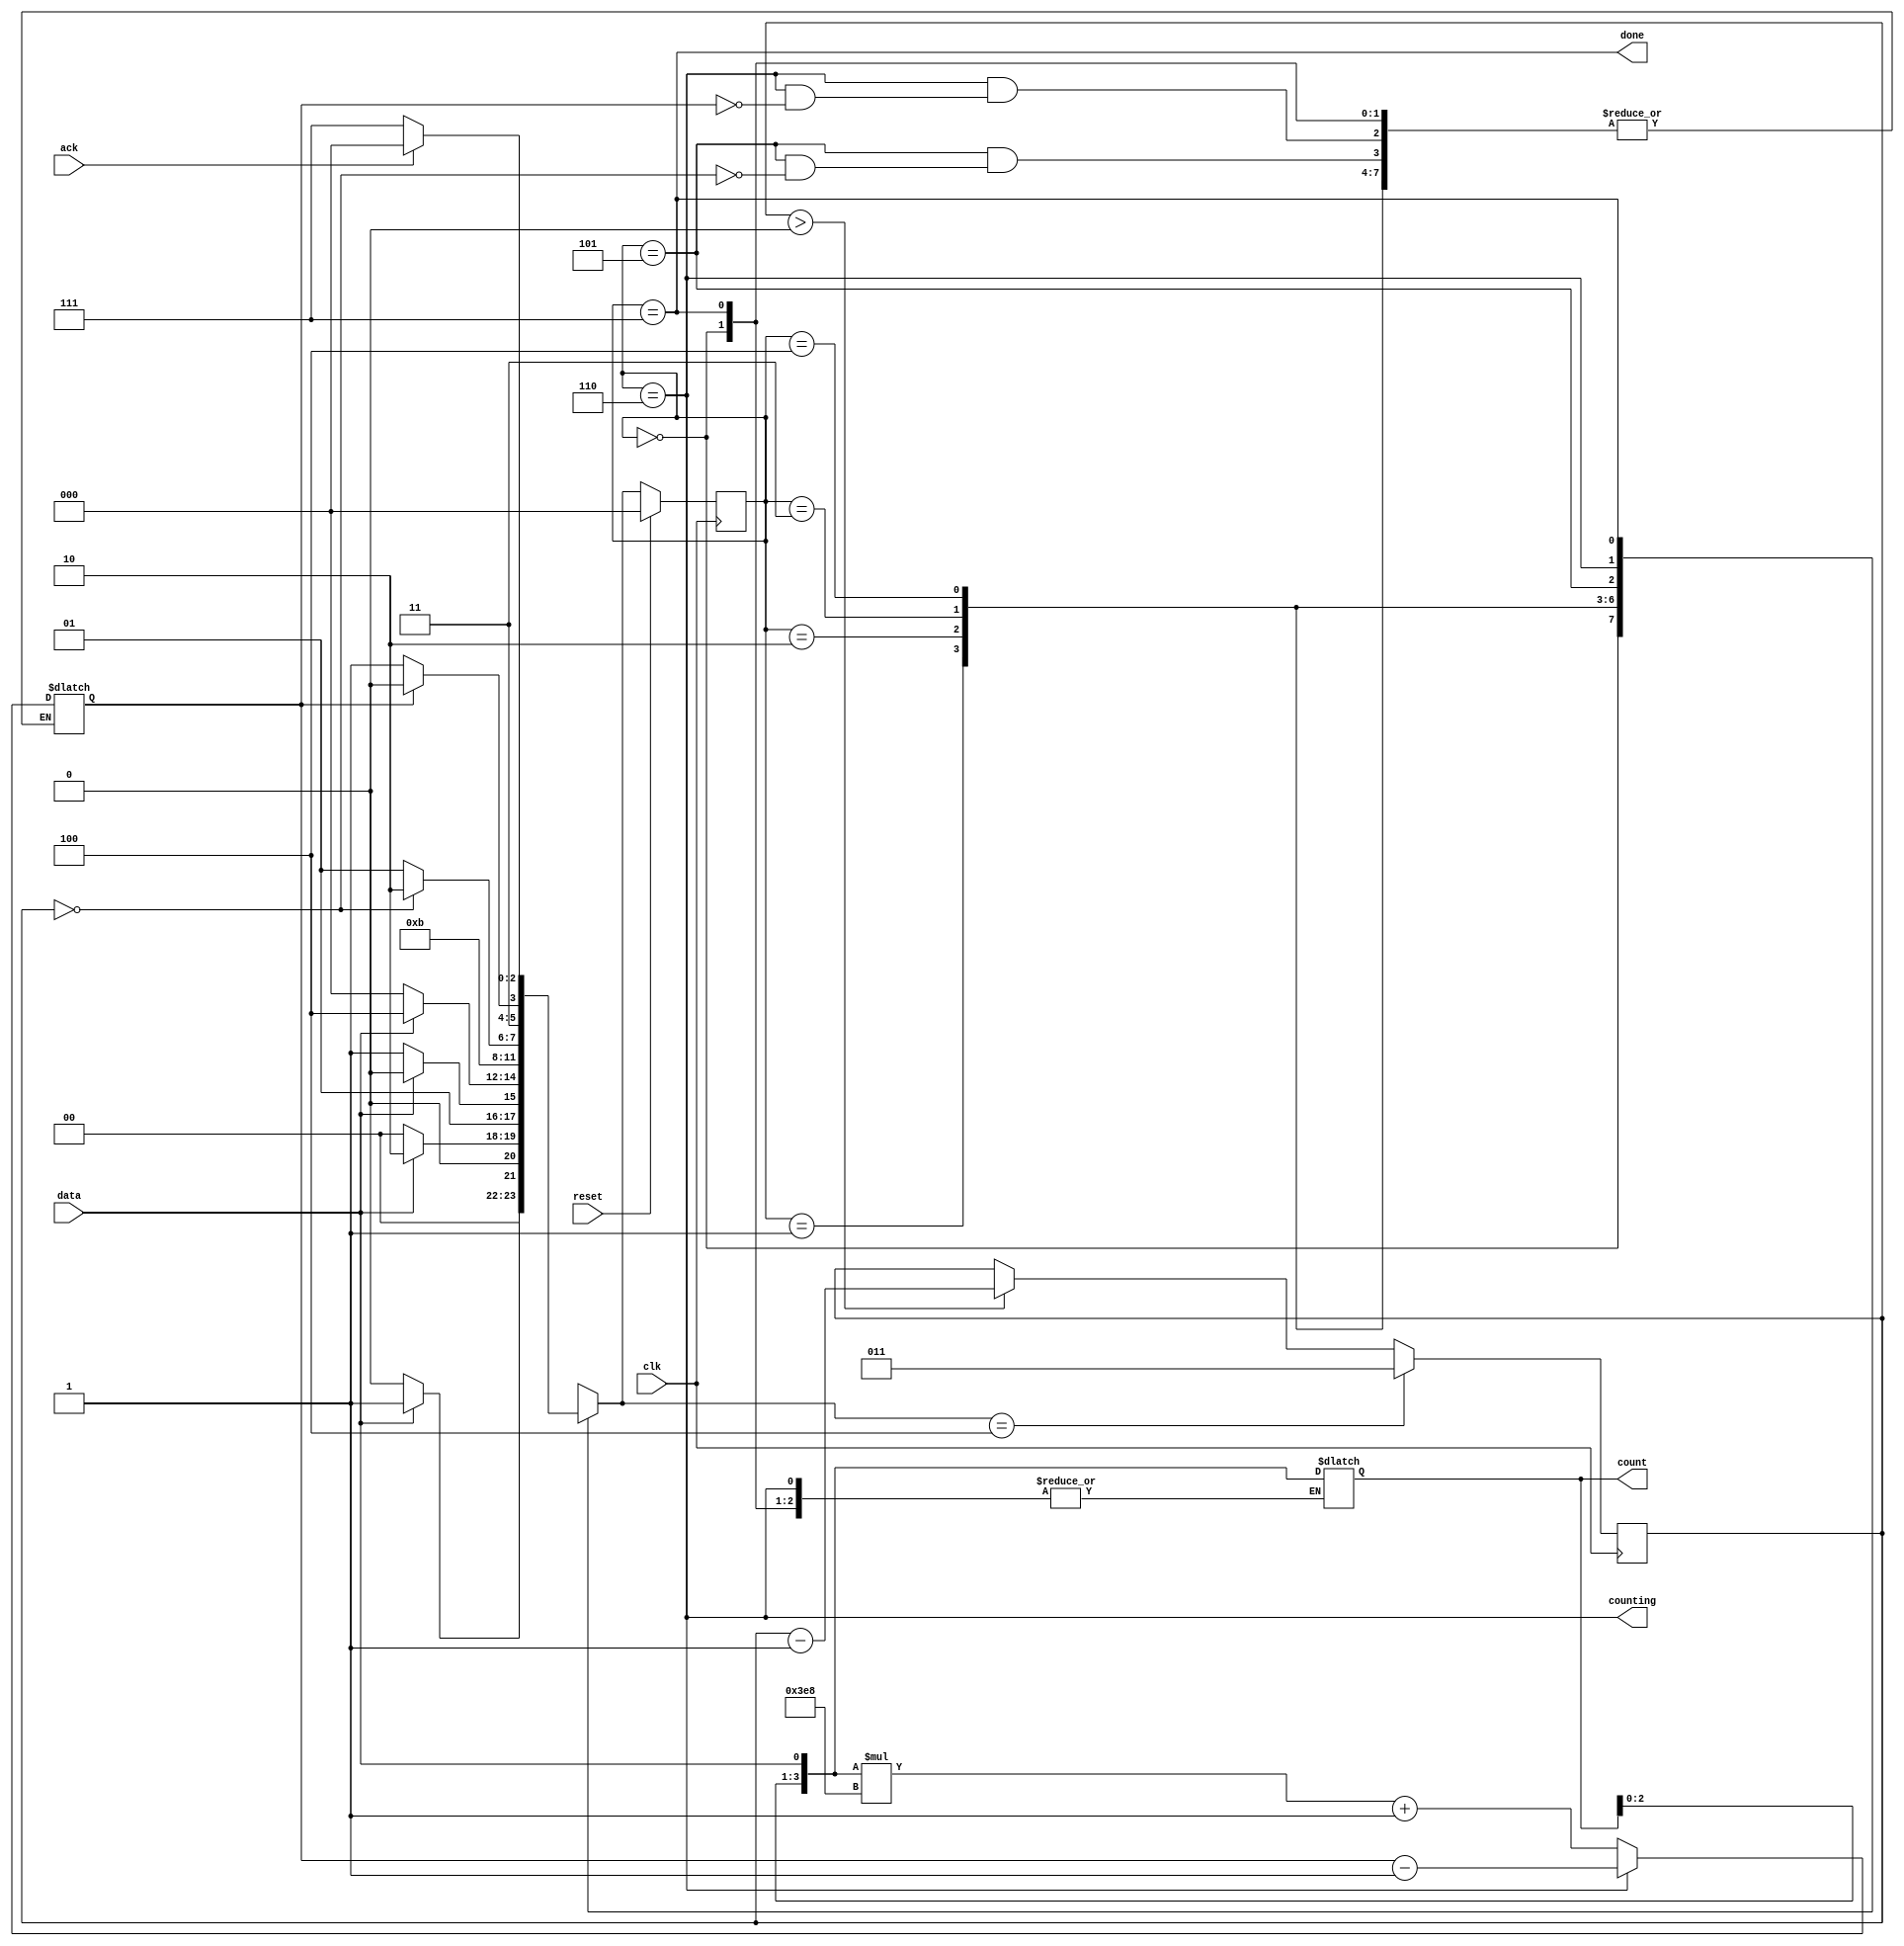
module top_module (
    input clk,
    input reset,      // Synchronous reset
    input data,
    output [3:0] count,
    output counting,
    output done,
    input ack );
    
    
    parameter RESET = 3'd0;
    parameter S1 = 3'd1;
    parameter S11 = 3'd2;
    parameter S110 = 3'd3;
    parameter S1101 = 3'd4;
    parameter SHIFT = 3'd5;
    parameter CNTING = 3'd6;
    parameter DONE = 3'd7;
    
    reg [2:0] state, next_state, cnt;
    wire counts_num;
    
    always @(*)begin
        case(state)
            RESET : next_state = data ? S1 : RESET;
            S1    : next_state = data ? S11 : RESET;
            S11   : next_state = data ? S11 : S110;
            S110  : next_state = data ? S1101 : RESET;
            S1101 : begin
                        next_state = SHIFT;
                        count = {count[2:0],data};
                    end
            SHIFT : begin
                        count = {count[2:0],data};
                        if(cnt == 2'd0) begin
                            next_state = CNTING;
                            counts_num = count * 1000 + 1;
                        end
                        else begin
                            next_state = SHIFT;
                        end
                    end
            CNTING: begin
                        if(counts_num == 0) begin
                            next_state = DONE;
                        end
                        else begin
                            next_state = CNTING;
                            counts_num = counts_num - 1;
                        end
                    end
            DONE  : next_state = ack ? RESET : DONE;
        endcase
    end
    
    
    always @(posedge clk) begin
        if(reset)begin
            state <= RESET;
        end
        else begin
            state <= next_state;
        end
    end
    
    always @(posedge clk) begin
        if(next_state == S1101) begin
            cnt <= 2'd3;
        end
        else if(cnt > 2'd0) begin
            cnt <= cnt - 2'd1;
        end
    end

    assign counting = (state == CNTING);
    assign done = (state == DONE);
endmodule